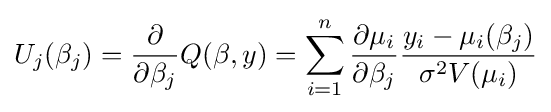
U_{j}(\beta _{j})={\frac {\partial }{\partial \beta _{j}}}Q(\beta ,y)=\sum _{i=1}^{n}{\frac {\partial \mu _{i}}{\partial \beta _{j}}}{\frac {y_{i}-\mu _{i}(\beta _{j})}{\sigma ^{2}V(\mu _{i})}}